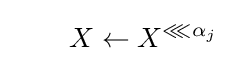
\qquad X\leftarrow X^{\lll \alpha _{j}}